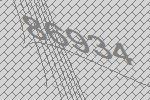
86934